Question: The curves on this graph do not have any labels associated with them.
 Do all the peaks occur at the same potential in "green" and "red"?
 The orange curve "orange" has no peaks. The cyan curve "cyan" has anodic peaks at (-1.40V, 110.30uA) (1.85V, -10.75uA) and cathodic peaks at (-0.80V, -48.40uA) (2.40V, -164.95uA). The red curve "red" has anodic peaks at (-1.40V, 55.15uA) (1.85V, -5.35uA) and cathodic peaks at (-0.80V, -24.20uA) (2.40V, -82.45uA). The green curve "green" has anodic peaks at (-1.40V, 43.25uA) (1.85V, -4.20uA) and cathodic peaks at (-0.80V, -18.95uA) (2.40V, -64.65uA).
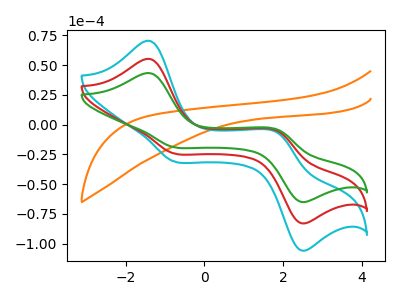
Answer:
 <answer>Yes, "green" have a peak in "red" at the same potential.</answer>
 <eval>match</eval>